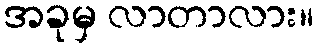
အခုမှ လာတာလား။